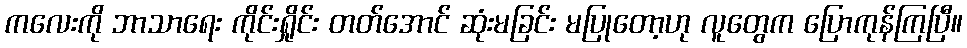
ကလေးကို ဘာသာရေး ကိုင်းရှိုင်း တတ်အောင် ဆုံးမခြင်း မပြုတော့ဟု လူတွေက ပြောကုန်ကြပြီ။